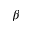
\beta